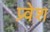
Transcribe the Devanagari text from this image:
प्र्वेश